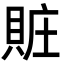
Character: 賍